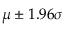
\mu \pm 1 . 9 6 \sigma